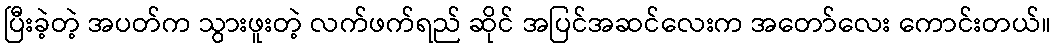
ပြီးခဲ့တဲ့ အပတ်က သွားဖူးတဲ့ လက်ဖက်ရည် ဆိုင် အပြင်အဆင်လေးက အတော်လေး ကောင်းတယ်။